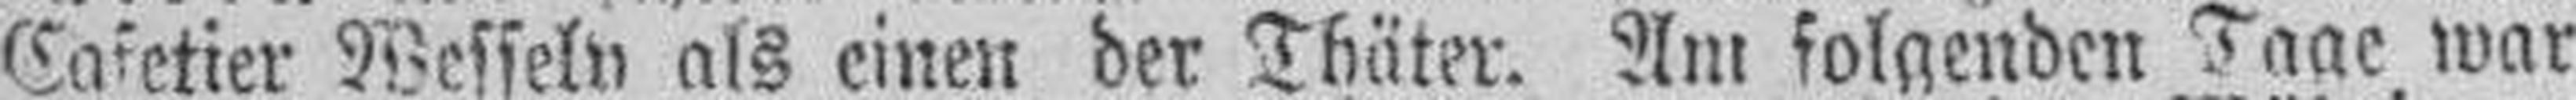
Cafetier Wesseln als einen der Thäter. Am folgenden Tage war